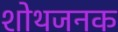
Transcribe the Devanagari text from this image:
शोथजनक